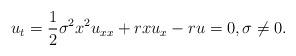
LaTeX: \begin{align*} u_t=\frac{1}{2}\sigma^2x^2u_{xx}+rxu_x-ru=0, \sigma\ne 0.\end{align*}